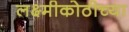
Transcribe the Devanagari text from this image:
लक्ष्मीकोठीच्या